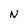
Character: N